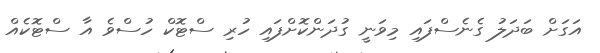
އަގަށް ބަދަލު ގެނެސްފައި މިވަނީ ގުދަންކޮށްފައި ހުރި ސްޓޮކް ހުސްވެ އާ ސްޓޮކެއް